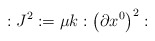
\begin{align*}:J^2:=\mu k:\left( \partial x^0\right) ^2:\end{align*}